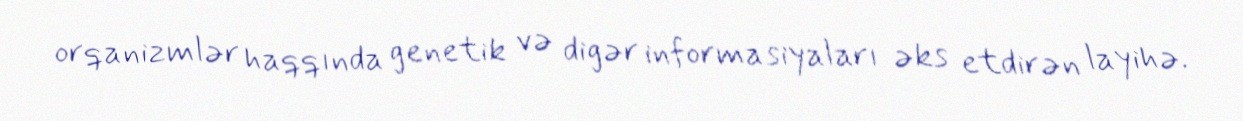
orqanizmlər haqqında genetik və digər informasiyaları əks etdirən layihə.